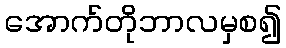
အောက်တိုဘာလမှစ၍